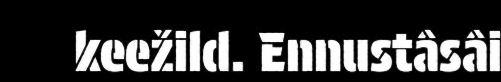
keežild. Ennustâsâi